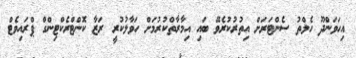
އިހަވަންދޫ ހެލްތު ސެންޓަރަށް އިތުރުކުރެވޭ ބައި އިމާރާތްކުރުމަށް ހަވާލުކުރީ ރަޒާ ކޮންޓްރެކްޓިންގް ޕްރައިވެޓް